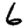
Digit: 6